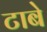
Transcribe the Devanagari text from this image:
टाबे